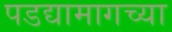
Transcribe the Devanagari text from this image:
पडद्यामागच्या